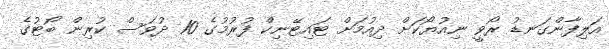
އަލިފާންގަނޑު ރޯވީ ނިއުޔޯކަށް ދިއުމަށް ޓައިޓޭނިކް ފުރުމުގެ 10 ދުވަސް ކުރިން ބޯޓުގެ